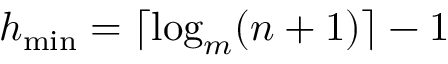
h _ { \mathrm { m i n } } = \lceil \log _ { m } ( n + 1 ) \rceil - 1